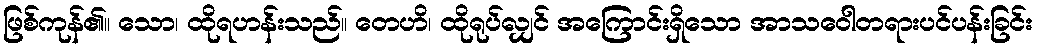
ဖြစ်ကုန်၏။ သော၊ ထိုရဟန်းသည်။ တေဟိ၊ ထိုရုပ်လျှင် အကြောင်းရှိသော အာသဝေါတရားပင်ပန်းခြင်း